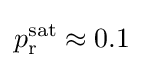
p_{\text{r}}^{\text{sat}}\approx 0.1